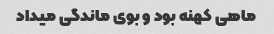
ماهی کهنه بود و بوی ماندگی میداد